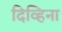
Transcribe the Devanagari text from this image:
दिव्हिना